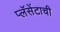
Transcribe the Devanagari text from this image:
प्लॅसेंटाची